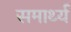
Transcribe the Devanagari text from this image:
समार्थ्य